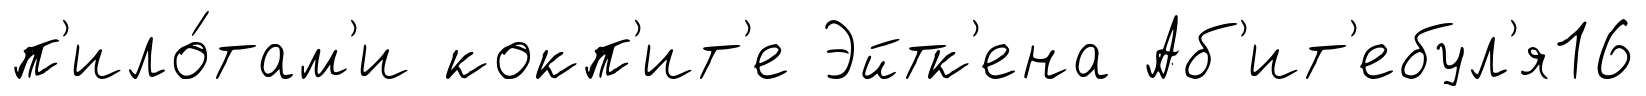
п'ило́там'и кокп'ит'е Эйтк'ена Аб'ит'ебул'я16